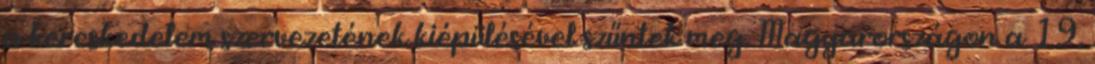
a kereskedelem szervezetének kiépülésével szűntek meg. Magyarországon a 19.